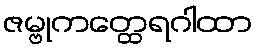
ဇမ္ဗုကတ္ထေရဂါထာ